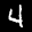
Label: 4